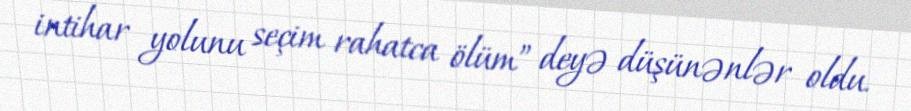
intihar yolunu seçim rahatca ölüm” deyə düşünənlər oldu.